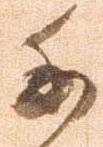
委